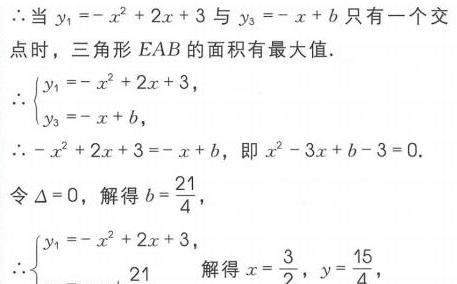
$\begin{align*}
&\therefore \text{当 }y_1 = -x^{2}+2x + 3\text{ 与 }y_3=-x + b\text{ 只有一个交}\\
&\text{点时，三角形 }EAB\text{ 的面积有最大值}.\\
&\therefore\left\{\begin{array}{l}
y_1=-x^{2}+2x + 3,\\
y_3=-x + b,
\end{array}\right.\\
&\therefore -x^{2}+2x + 3=-x + b,\text{ 即 }x^{2}-3x + b - 3 = 0.\\
&\text{令 }\Delta = 0,\text{ 解得 }b=\frac{21}{4},\\
&\therefore\left\{\begin{array}{l}
y_1=-x^{2}+2x + 3,\\
y_3=-x+\frac{21}{4}
\end{array}\text{ 解得 }x = \frac{3}{2},y=\frac{15}{4},\right.
\end{align*}$